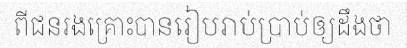
ពីជនរងគ្រោះបានរៀបរាប់ប្រាប់ឲ្យដឹងថា